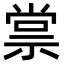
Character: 𬓂